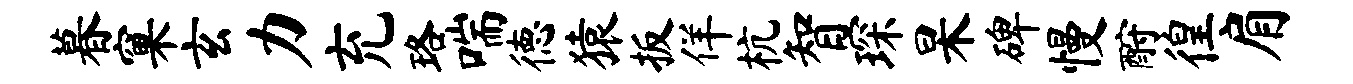
暮窠玄力充珞喘德猿扳佯杭智琛杲碑慢酹徨肩